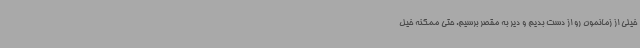
خیلی از زمانمون رو از دست بدیم و دیر به مقصر برسیم. حتی ممکنه خیل